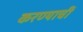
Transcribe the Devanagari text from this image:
करण्याचीं